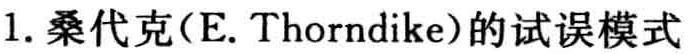
1. 桑代克(E. Thorndike)的试误模式